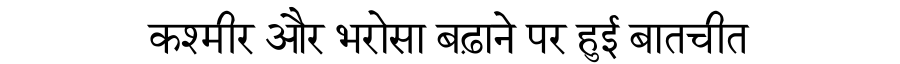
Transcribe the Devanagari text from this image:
कश्मीर और भरोसा बढ़ाने पर हुई बातचीत